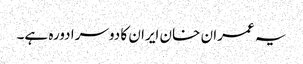
یہ عمران خان ایران کا دوسرا دورہ ہے۔